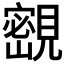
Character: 𡫨